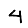
Digit: 4